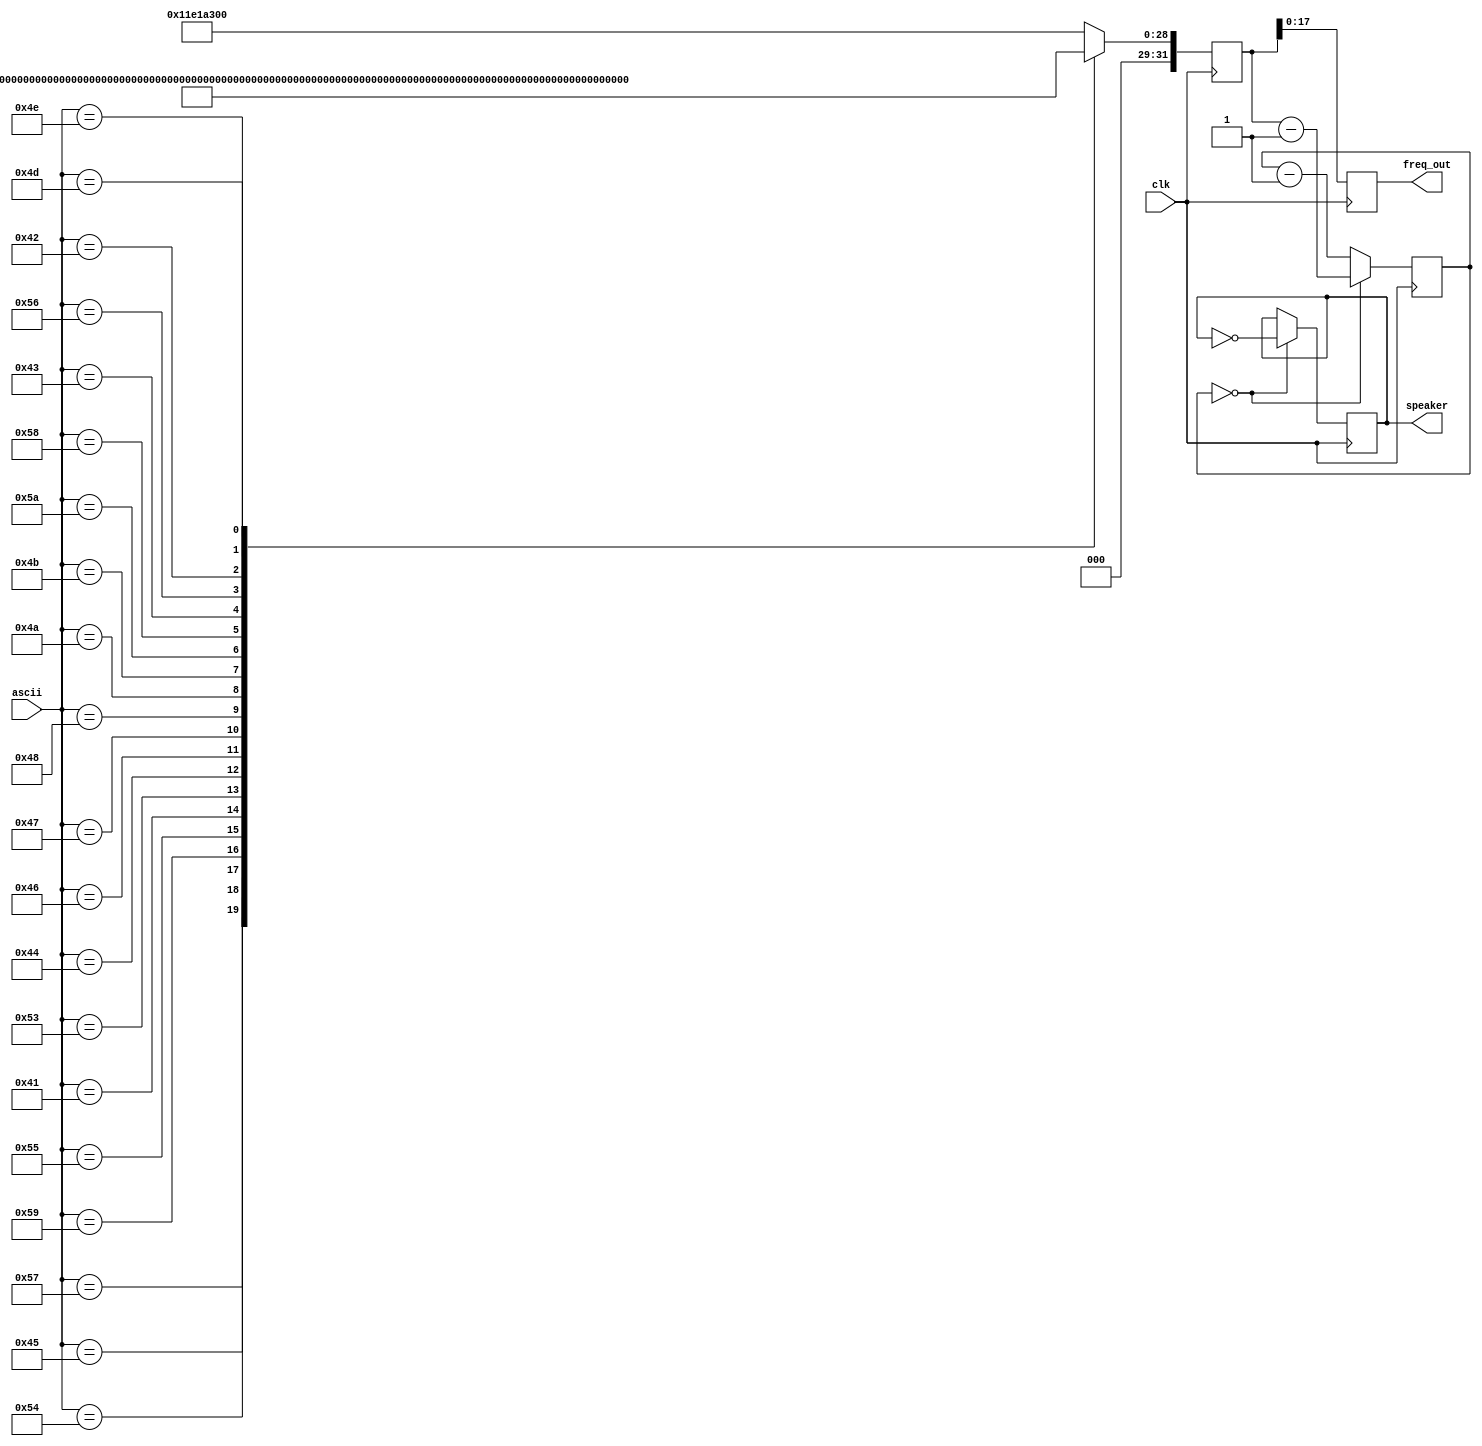
module rate_divider(clk, ascii, speaker, freq_out);
	input [6:0] ascii;
	input clk;
	
	output reg [2:0] speaker = 1'b1;
	output reg [17:0] freq_out;
	
	reg [31:0] clkdivider; // ***** This was [31:0] in reference code. Does not see the point of doing that *****

	reg [31:0] counter = 32'b1;
	
    always @(posedge clk)
		begin
			case (ascii[6:0])
				7'd87: clkdivider <= 50000000/1108; // C# Letter W
				7'd69: clkdivider <= 50000000/1244; // D# Letter E
				7'd84: clkdivider <= 50000000/1478; // F# Letter T
				7'd89: clkdivider <= 50000000/1660; // G# Letter Y
				7'd85: clkdivider <= 50000000/932;  // A# Letter U ******** This is the lower A# provided by the current frequency
				7'd65: clkdivider <= 50000000/1046; // C  Letter A      piano:     | C#| D#| / | F#| G#| A#| / |
				7'd83: clkdivider <= 50000000/1147; // D  Letter S               | C | D | E | F | G | A | B |
				7'd68: clkdivider <= 50000000/1318; // E  Letter D
				7'd70: clkdivider <= 50000000/1396; // F  Letter F      keyboard:  | W | E | / | T | Y | U | / |
				7'd71: clkdivider <= 50000000/1566; // G  Letter G               | A | S | D | F | G | H | J |
				7'd72: clkdivider <= 50000000/1730; // A  Letter H ******** This is the lower A provided by the current frequency
				7'd74: clkdivider <= 50000000/1960; // B  Letter J ******** This is the lower B provided by the current frequency
				7'd75: clkdivider <= 50000000/2080; // B#  Letter K
				7'd90: clkdivider <= 50000000/2250; // C-  Letter Z
				7'd88: clkdivider <= 50000000/2420; // D-  Letter X
				7'd67: clkdivider <= 50000000/2590; // E-  Letter C
				7'd86: clkdivider <= 50000000/2760; // F-  Letter V
				7'd66: clkdivider <= 50000000/2930; // A-  Letter B
				7'd78: clkdivider <= 50000000/3100; // B-  Letter N
				7'd77: clkdivider <= 50000000/3270; // G-  Letter M
				default: clkdivider <= 300000000;   // center C for default
			endcase
		end


    always @(posedge clk)
    begin
        if(counter==0) counter <= clkdivider-1; else counter <= counter-1;
        freq_out <= clkdivider[17:0];
    end

    always @(posedge clk)
	 begin
		if (counter==0)
		begin
			speaker <= ~speaker;
		end
	 end

endmodule




module rate_divider_for_load(is_loading, clk, ascii, speaker); // this module is for saved buzzers. Just has freq_out removed
	input is_loading;
	input [6:0] ascii;
	input clk;
	
	output reg [2:0]  speaker = 1'b1;
	
	reg [31:0] clkdivider; // ***** This was [31:0] in reference code. Does not see the point of doing that *****

	reg [31:0] counter = 32'b1;
	
    always @(posedge clk)
		begin
			case (ascii[6:0])
				7'd87: clkdivider <= 50000000/1108; // C# Letter W
				7'd69: clkdivider <= 50000000/1244; // D# Letter E
				7'd84: clkdivider <= 50000000/1478; // F# Letter T
				7'd89: clkdivider <= 50000000/1660; // G# Letter Y
				7'd85: clkdivider <= 50000000/932;  // A# Letter U ******** This is the lower A# provided by the current frequency
				7'd65: clkdivider <= 50000000/1046; // C  Letter A      piano:     | C#| D#| / | F#| G#| A#| / |
				7'd83: clkdivider <= 50000000/1147; // D  Letter S               | C | D | E | F | G | A | B |
				7'd68: clkdivider <= 50000000/1318; // E  Letter D
				7'd70: clkdivider <= 50000000/1396; // F  Letter F      keyboard:  | W | E | / | T | Y | U | / |
				7'd71: clkdivider <= 50000000/1566; // G  Letter G               | A | S | D | F | G | H | J |
				7'd72: clkdivider <= 50000000/880;  // A  Letter H ******** This is the lower A provided by the current frequency
				7'd74: clkdivider <= 50000000/986;  // B  Letter J ******** This is the lower B provided by the current frequency
				default: clkdivider <= 200000000;   // center C for default
			endcase
		end


    always @(posedge clk)
    begin
        if(counter==0) counter <= clkdivider-1; else counter <= counter-1;
    end

    always @(posedge clk)
	 begin
		if (is_loading == 0)
		begin
			speaker <= 1'b0; // Play nothing when is_loading is off
		end
		else if (counter == 0)
		begin
			speaker <= ~speaker; // Flip speaker signal every time the counter counts down to 0
		end
	 end

endmodule